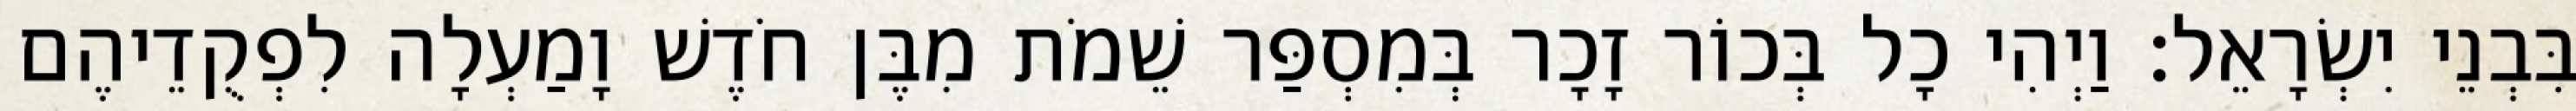
בִּבְנֵי יִשְׂרָאֵל׃ וַיְהִי כָל בְּכוֹר זָכָר בְּמִסְפַּר שֵׁמֹת מִבֶּן חֹדֶשׁ וָמַעְלָה לִפְקֻדֵיהֶם